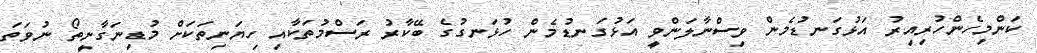
ކަންމިހެންހުރިއިރު އަޅުގަނޑުމެން ވިސްނާލަންވީ އަޅުގަނޑުމެން ހުޅަނގުގެ ބޭކާރު ރަސްމުތަކާއި ހިޔަނިތަކަށް މުޑިނަގާނީތޯ ނުވަތަ